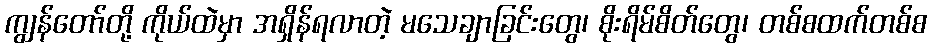
ကျွန်တော်တို့ ကိုယ်ထဲမှာ အရှိန်ရလာတဲ့ မသေချာခြင်းတွေ၊ စိုးရိမ်စိတ်တွေ၊ တစ်စထက်တစ်စ